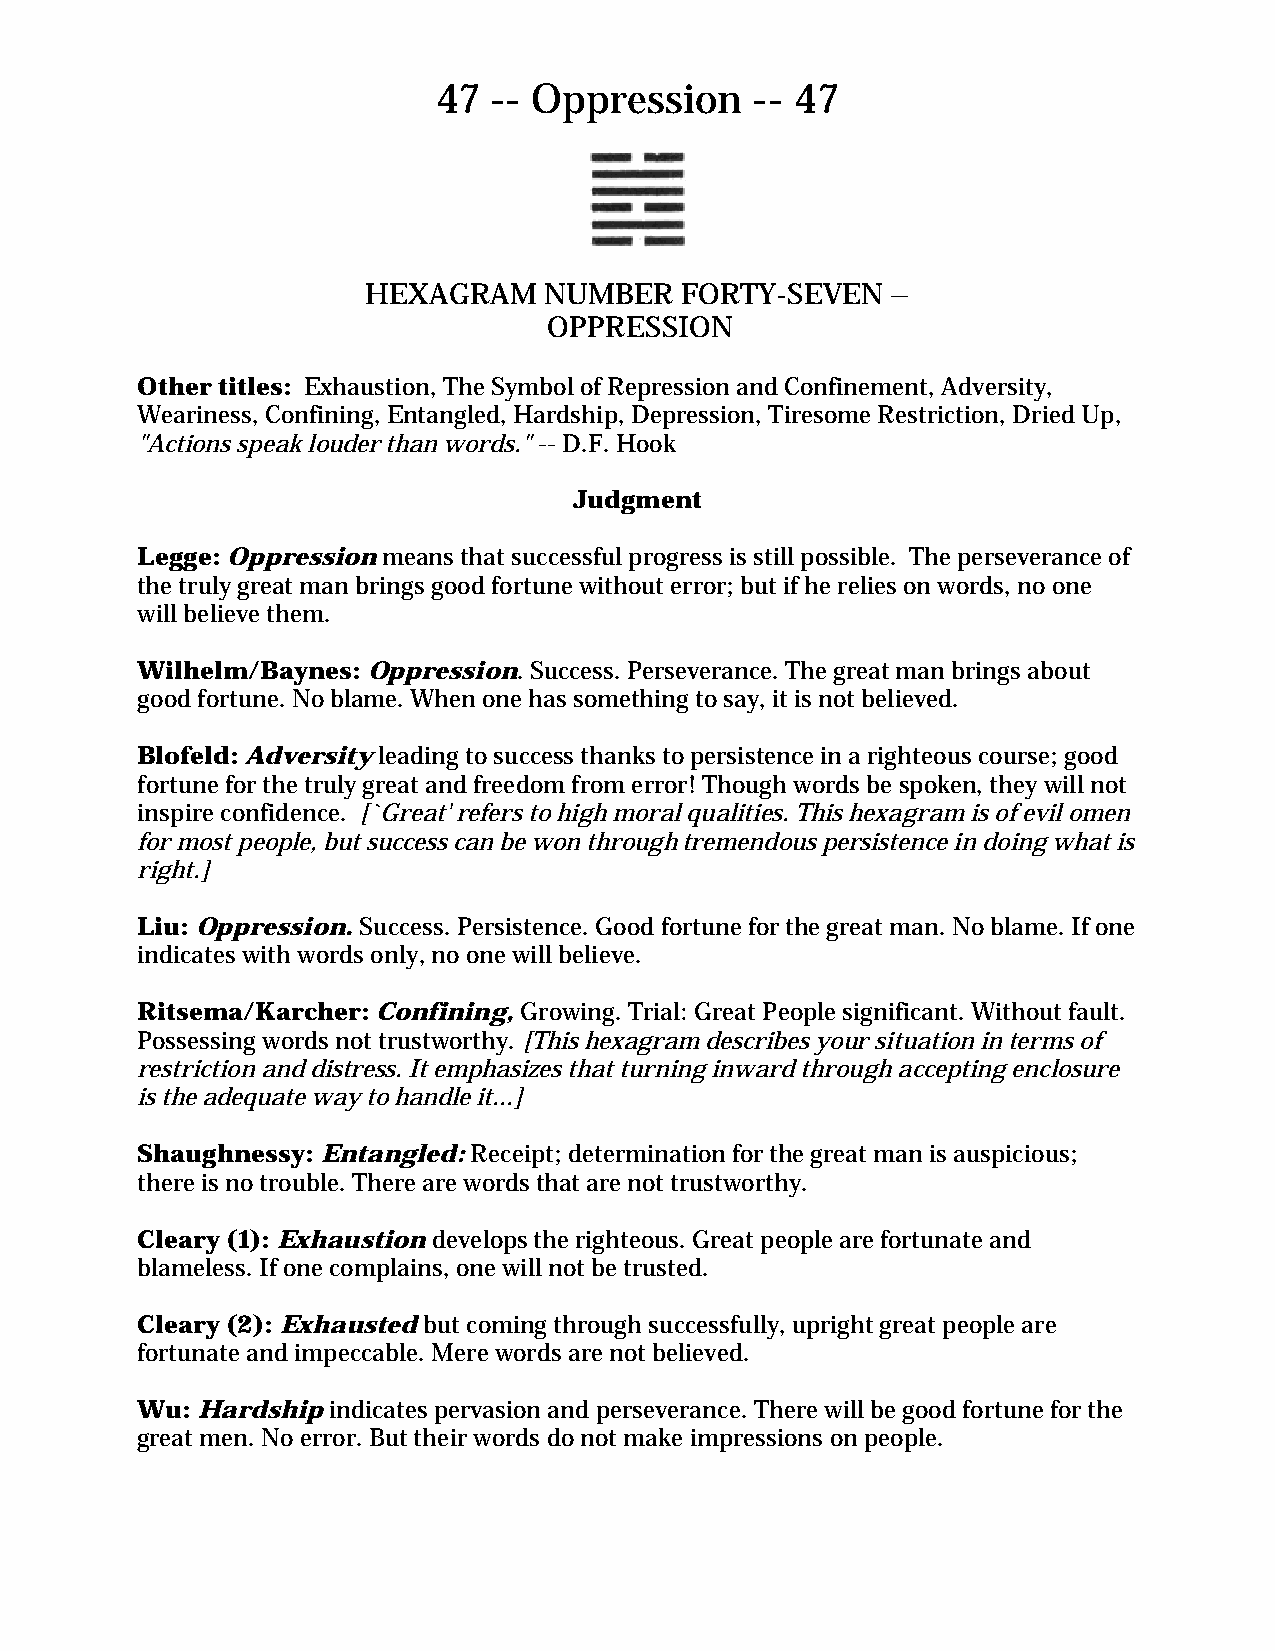
47 -- Oppression     -- 47
 HEXAGRAM    NUMBER   FORTY-SEVEN   –
 OPPRESSION
 Other titles: Exhaustion, The Symbol of Repression and Confinement, Adversity,
 Weariness, Confining, Entangled, Hardship, Depression, Tiresome Restriction, Dried Up,
 "Actions speak louder than words." -- D.F. Hook
 Judgment
 Legge: Oppression means that successful progress is still possible. The perseverance of
 the truly great man brings good fortune without error; but if he relies on words, no one
 will believe them.
 Wilhelm/Baynes: Oppression. Success. Perseverance. The great man brings about
 good fortune. No blame. When one has something to say, it is not believed.
 Blofeld: Adversity leading to success thanks to persistence in a righteous course; good
 fortune for the truly great and freedom from error! Though words be spoken, they will not
 inspire confidence. [`Great' refers to high moral qualities. This hexagram is of evil omen
 for most people, but success can be won through tremendous persistence in doing what is
 right.]
 Liu: Oppression. Success. Persistence. Good fortune for the great man. No blame. If one
 indicates with words only, no one will believe.
 Ritsema/Karcher: Confining, Growing. Trial: Great People significant. Without fault.
 Possessing words not trustworthy. [This hexagram describes your situation in terms of
 restriction and distress. It emphasizes that turning inward through accepting enclosure
 is the adequate way to handle it...]
 Shaughnessy: Entangled: Receipt; determination for the great man is auspicious;
 there is no trouble. There are words that are not trustworthy.
 Cleary (1): Exhaustion develops the righteous. Great people are fortunate and
 blameless. If one complains, one will not be trusted.
 Cleary (2): Exhausted but coming through successfully, upright great people are
 fortunate and impeccable. Mere words are not believed.
 Wu: Hardship indicates pervasion and perseverance. There will be good fortune for the
 great men. No error. But their words do not make impressions on people.